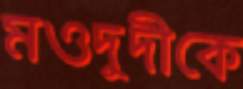
মওদুদীকে